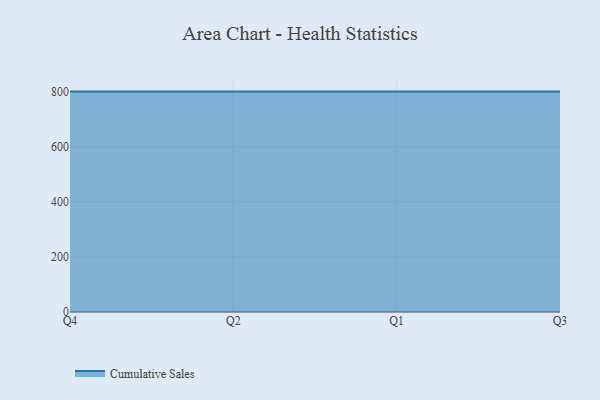
{"axis": {"x": "Quarter", "y": "Net Income (USD K)"}, "legend": ["Cumulative Sales"], "data": [{"x": "Q4", "y": 800, "type": "Cumulative Sales"}, {"x": "Q2", "y": 800, "type": "Cumulative Sales"}, {"x": "Q1", "y": 800, "type": "Cumulative Sales"}, {"x": "Q3", "y": 800, "type": "Cumulative Sales"}]}